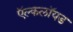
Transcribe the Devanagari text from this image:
ऍल्कलॉयड